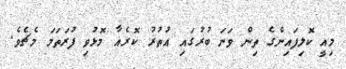
މިއީ ކޮލިފައިންގެ ތިން ވަނަ ބުރުގައި އުތުރު ކޮރެއާ މޮޅުވި ފުރަތަމަ މެޗެވެ.